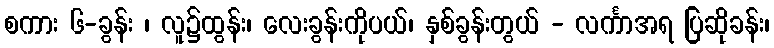
စကား ၆-ခွန်း ၊ လူ၌ထွန်း၊ လေးခွန်းကိုပယ်၊ နှစ်ခွန်းတွယ် - လင်္ကာအရ ပြဆိုခန်း၊